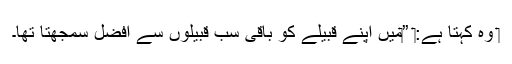
‏ وہ کہتا ہے:‏ ”‏مَیں اپنے قبیلے کو باقی سب قبیلوں سے افضل سمجھتا تھا۔